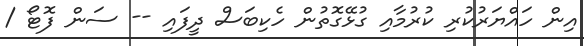
އިން ހައްޔަރުކުރި ކުރުމާއި ގުޅޭގޮތުން ހެކިބަސް ދީފައި -- ސަން ފޮޓޯ /